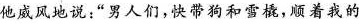
他威风地说:“男人们，快带狗和雪橇，顺着我的